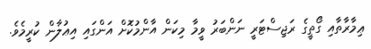
ޢިމާރާތާއި ގޯތީގެ ރަޖިސްޓަރީ ނަންބަރު ވީމާ މިކަން އާންމުކޮށް އަންގައި އިޢުލާން ކުރީމެވެ.